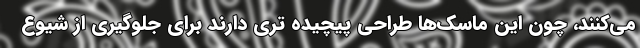
می‌کنند، چون این ماسک‌ها طراحی پیچیده تری دارند برای جلوگیری از شیوع